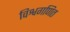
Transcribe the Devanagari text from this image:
विश्वगणित